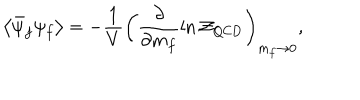
LaTeX: \left< \bar { \psi } _ { f } \psi _ { f } \right> = - \frac { 1 } { V } \left( \frac { \partial } { \partial m _ { f } } \ln { \cal Z } _ { \mathrm { Q C D } } \right) _ { m _ { f } \to 0 } ,